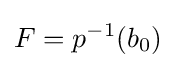
F=p^{-1}(b_{0})